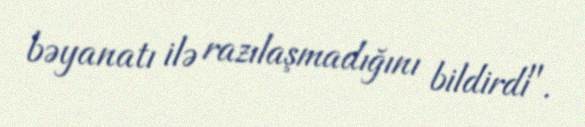
bəyanatı ilə razılaşmadığını bildirdi".